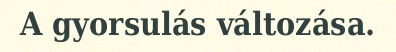
A gyorsulás változása.